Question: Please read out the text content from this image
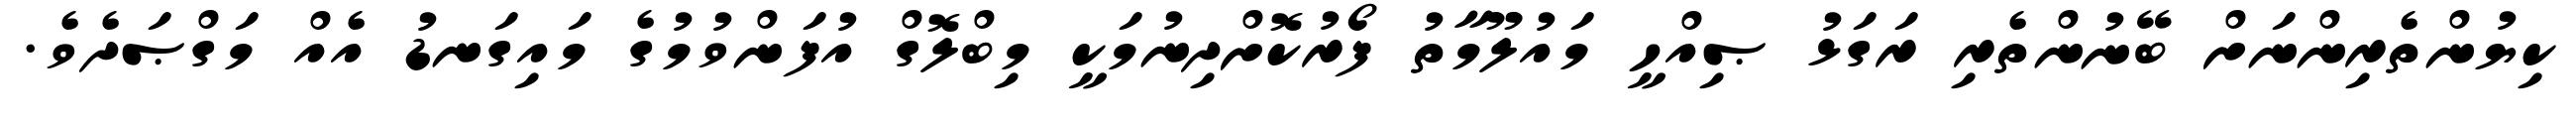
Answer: ކިޔުންތެރިންނަށް ބޭނުންތެރި ރަގަޅު ޞިއްހީ މައުލޫމާތު ފޯރުކޮށްދިނުމަކީ މިބްލޮގް އުފަންވުމުގެ މައިގަނޑު އެއް މަގްޞަދެވެ.